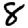
Digit: 8